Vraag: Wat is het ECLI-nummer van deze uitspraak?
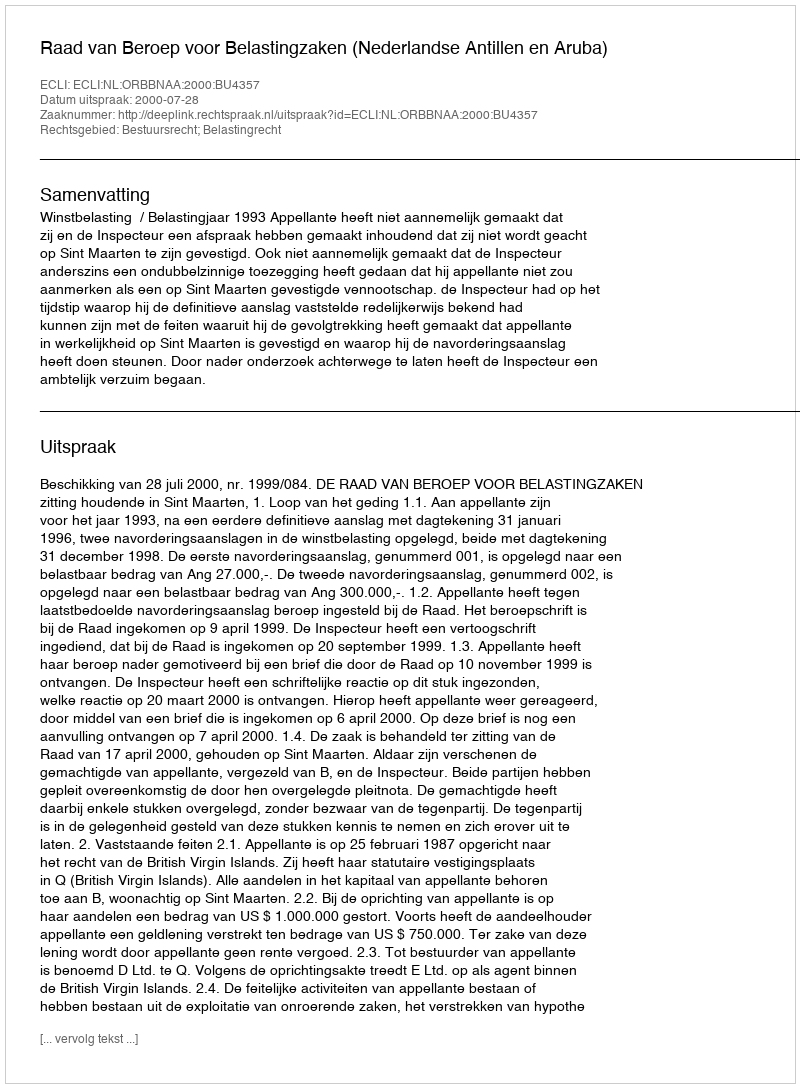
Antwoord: ECLI:NL:ORBBNAA:2000:BU4357